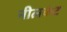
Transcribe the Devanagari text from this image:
नीलकंट